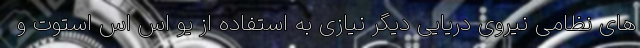
های نظامی نیروی دریایی دیگر نیازی به استفاده از یو اس اس استوت و